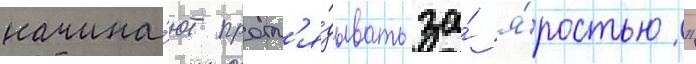
начина́ют прогл'я́дывать за́ я́ростью"